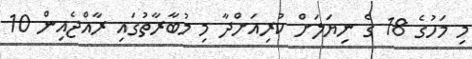
މި މަހުގެ 18 ގެ ނިޔަލަށް ކުރިއަށްދާ މި މުބާރާތުގައި ރާއްޖެއިން 10